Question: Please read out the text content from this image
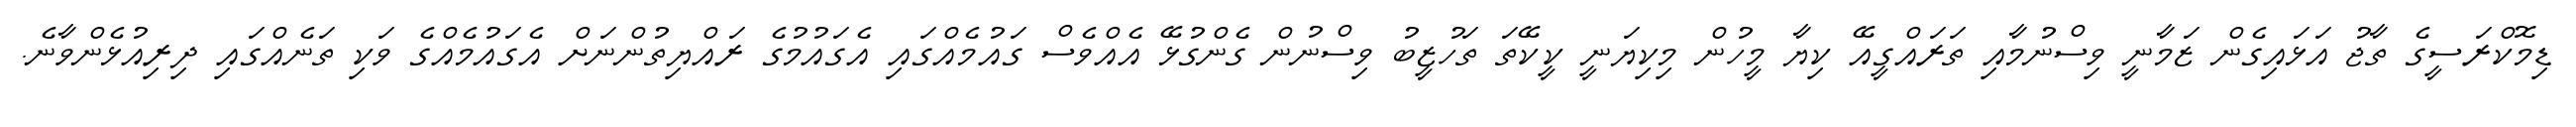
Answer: ޑިމޮކްރަސީގެ ތާޖު އަޅައިގެން ޒަމާނީ ވިސްނުމާއި ތަރައްގީއޭ ކިޔާ މީހުން މިކިޔަނީ ކީކޭތަ ތަހުޒީބު ވިސްނުން ގެންގުޅޭ އެއްވެސް ގައުމެއްގައި އެގައުމުގެ ރައްޔިތުންނަށް އެގައުމެއްގެ ވަކި ތަނެއްގައި ދިރިއުޅެންވާނެ.